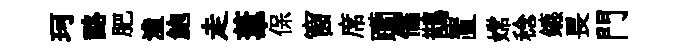
珂酪肥潼鮑走葦保窗席躪儒鵲置嫦稔鑣畏門